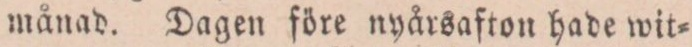
månad. Dagen före nyårsafton hade wit=